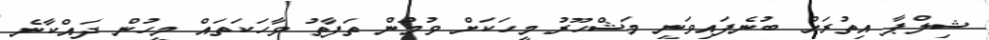
ޝިލްޕާ އިތުރަށް ބުނެފައިވަނީ މަޝްހޫރު މީހަކަށް ވުމުން ތަފާތު ވާހަކަތައް މީހުން ދައްކާނެ